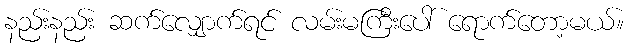
နည်းနည်း ဆက်လျှောက်ရင် လမ်းမကြီးပေါ် ရောက်တော့မယ်။